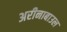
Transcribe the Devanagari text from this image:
अरीनाबाउल